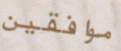
موافقين